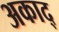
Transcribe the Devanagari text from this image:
अकाद्